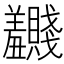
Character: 𬚂